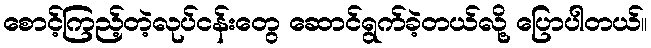
စောင့်ကြည့်တဲ့လုပ်ငန်းတွေ ဆောင်ရွက်ခဲ့တယ်လို့ ပြောပါတယ်။